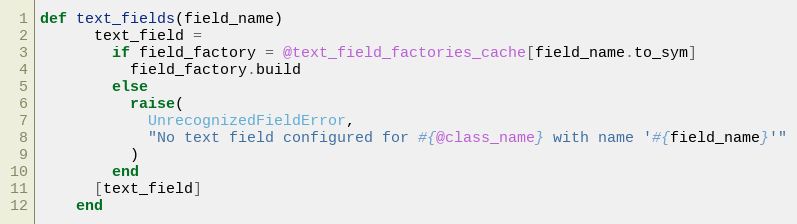
Language: Ruby
def text_fields(field_name)
      text_field =
        if field_factory = @text_field_factories_cache[field_name.to_sym]
          field_factory.build
        else
          raise(
            UnrecognizedFieldError,
            "No text field configured for #{@class_name} with name '#{field_name}'"
          )
        end
      [text_field]
    end